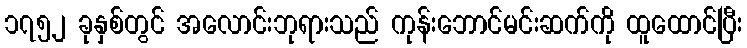
၁၇၅၂ ခုနှစ်တွင် အလောင်းဘုရားသည် ကုန်းဘောင်မင်းဆက်ကို ထူထောင်ပြီး